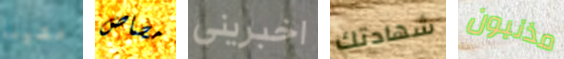
مشينا مصاص اخبرينى شهادتك مذنبون